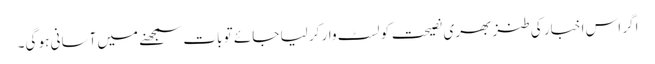
اگر اس اخبار کی طنز بھری نصیحت کو لسٹ وار کر لیا جائے تو بات سمجھنے میں آسانی ہو گی۔